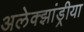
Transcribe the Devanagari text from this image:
अलेक्झांड्रीया